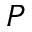
P